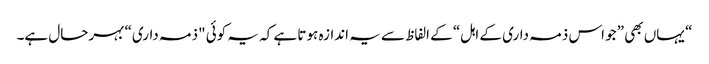
“ یہاں بھی ”جو اس ذمہ داری کے اہل“ کے الفاظ سے یہ اندازہ ہوتا ہے کہ یہ کوئی "ذمہ داری“ بہرحال ہے۔